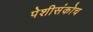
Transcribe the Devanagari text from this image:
पेशीसंकोच